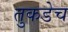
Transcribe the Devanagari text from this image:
तुकडेच